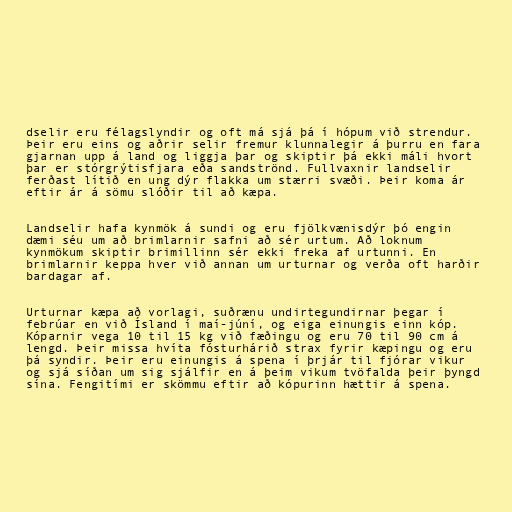
dselir eru félagslyndir og oft má sjá þá í hópum við strendur.
Þeir eru eins og aðrir selir fremur klunnalegir á þurru en fara
gjarnan upp á land og liggja þar og skiptir þá ekki máli hvort
þar er stórgrýtisfjara eða sandströnd. Fullvaxnir landselir
ferðast lítið en ung dýr flakka um stærri svæði. Þeir koma ár
eftir ár á sömu slóðir til að kæpa.

Landselir hafa kynmök á sundi og eru fjölkvænisdýr þó engin
dæmi séu um að brimlarnir safni að sér urtum. Að loknum
kynmökum skiptir brimillinn sér ekki freka af urtunni. En
brimlarnir keppa hver við annan um urturnar og verða oft harðir
bardagar af.

Urturnar kæpa að vorlagi, suðrænu undirtegundirnar þegar í
febrúar en við Ísland í maí-júní, og eiga einungis einn kóp.
Kóparnir vega 10 til 15 kg við fæðingu og eru 70 til 90 cm á
lengd. Þeir missa hvíta fósturhárið strax fyrir kæpingu og eru
þá syndir. Þeir eru einungis á spena í þrjár til fjórar vikur
og sjá síðan um sig sjálfir en á þeim vikum tvöfalda þeir þyngd
sína. Fengitími er skömmu eftir að kópurinn hættir á spena.